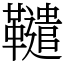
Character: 䪈